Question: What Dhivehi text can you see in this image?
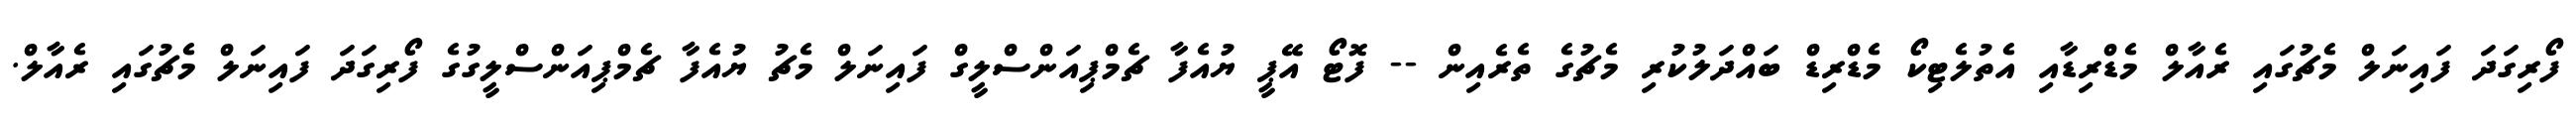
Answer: ފޯރިގަދަ ފައިނަލް މެޗުގައި ރެއާލް މެޑްރިޑާއި އެތުލެޓިކޯ މެޑްރިޑް ބައްދަލުކުރި މެޗުގެ ތެރެއިން -- ފޮޓޯ އޭޕީ ޔުއެފާ ޗެމްޕިއަންސްލީގް ފައިނަލް މެޗު ޔުއެފާ ޗެމްޕިއަންސްލީގުގެ ފޯރިގަދަ ފައިނަލް މެޗުގައި ރެއާލް.